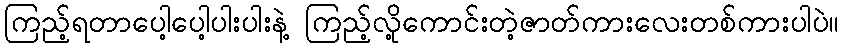
ကြည့်ရတာပေါ့ပေါ့ပါးပါးနဲ့ ကြည့်လို့ကောင်းတဲ့ဇာတ်ကားလေးတစ်ကားပါပဲ။